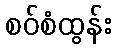
စဝ်စံထွန်း